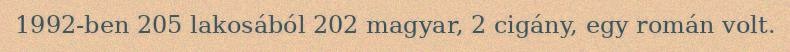
1992-ben 205 lakosából 202 magyar, 2 cigány, egy román volt.